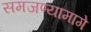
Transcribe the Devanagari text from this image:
समजण्यामागे